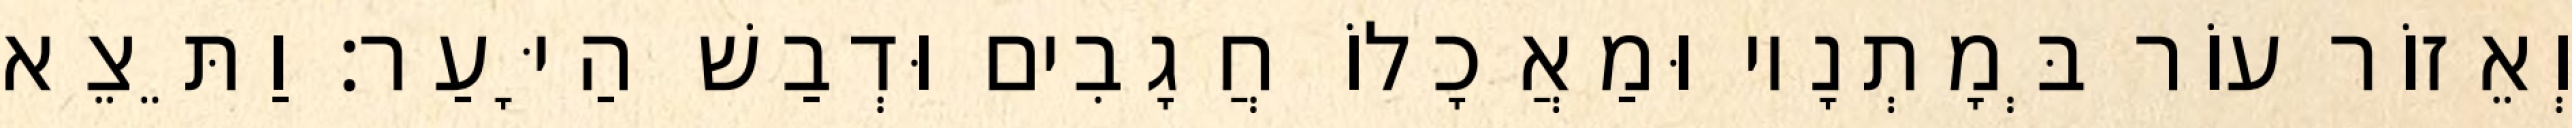
וְאֵזוֹר עוֹר בְּמָתְנָיו וּמַאֲכָלוֹ חֲגָבִים וּדְבַשׁ הַיָּעַר׃ וַתֵּצֵא